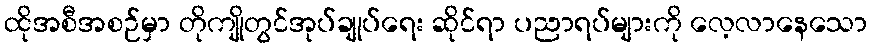
ထိုအစီအစဉ်မှာ တိုကျိုတွင်အုပ်ချုပ်ရေး ဆိုင်ရာ ပညာရပ်များကို လေ့လာနေသော